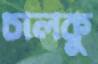
চালকু